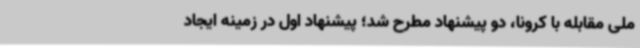
ملی مقابله با کرونا، دو پیشنهاد مطرح شد؛ پیشنهاد اول در زمینه ایجاد